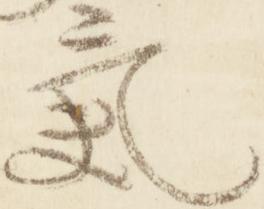
気